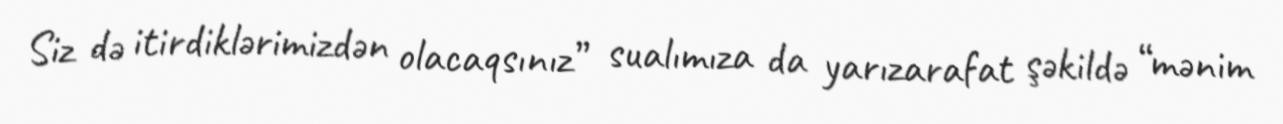
Siz də itirdiklərimizdən olacaqsınız” sualımıza da yarızarafat şəkildə “mənim